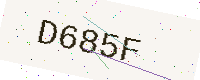
Text: D685F